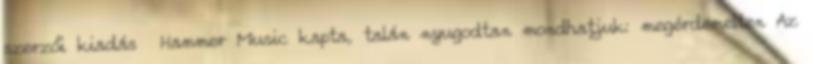
szerzői kiadás Hammer Music kapta, talán nyugodtan mondhatjuk: megérdemelten Az